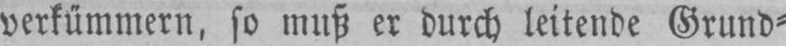
verkümmern, so muß er durch leitende Grund⸗